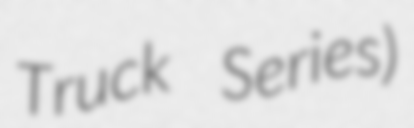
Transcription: Truck Series)